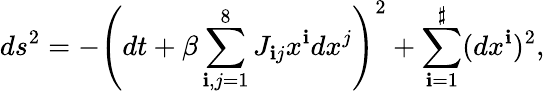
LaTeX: ds^{2}=-\left(dt+\beta\sum_{\mathbf{i},j=1}^{8}J_{\mathbf{i}j}x^{\mathbf{i}}dx^{j}\right)^{2}+\sum_{\mathbf{i}=1}^{\sharp}(dx^{\mathbf{i}})^{2},